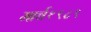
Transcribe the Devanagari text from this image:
मार्च१९८९